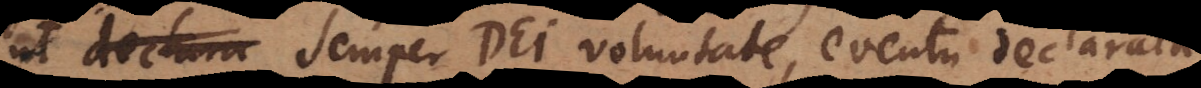
semper Dei voluntate, eventu declarata,